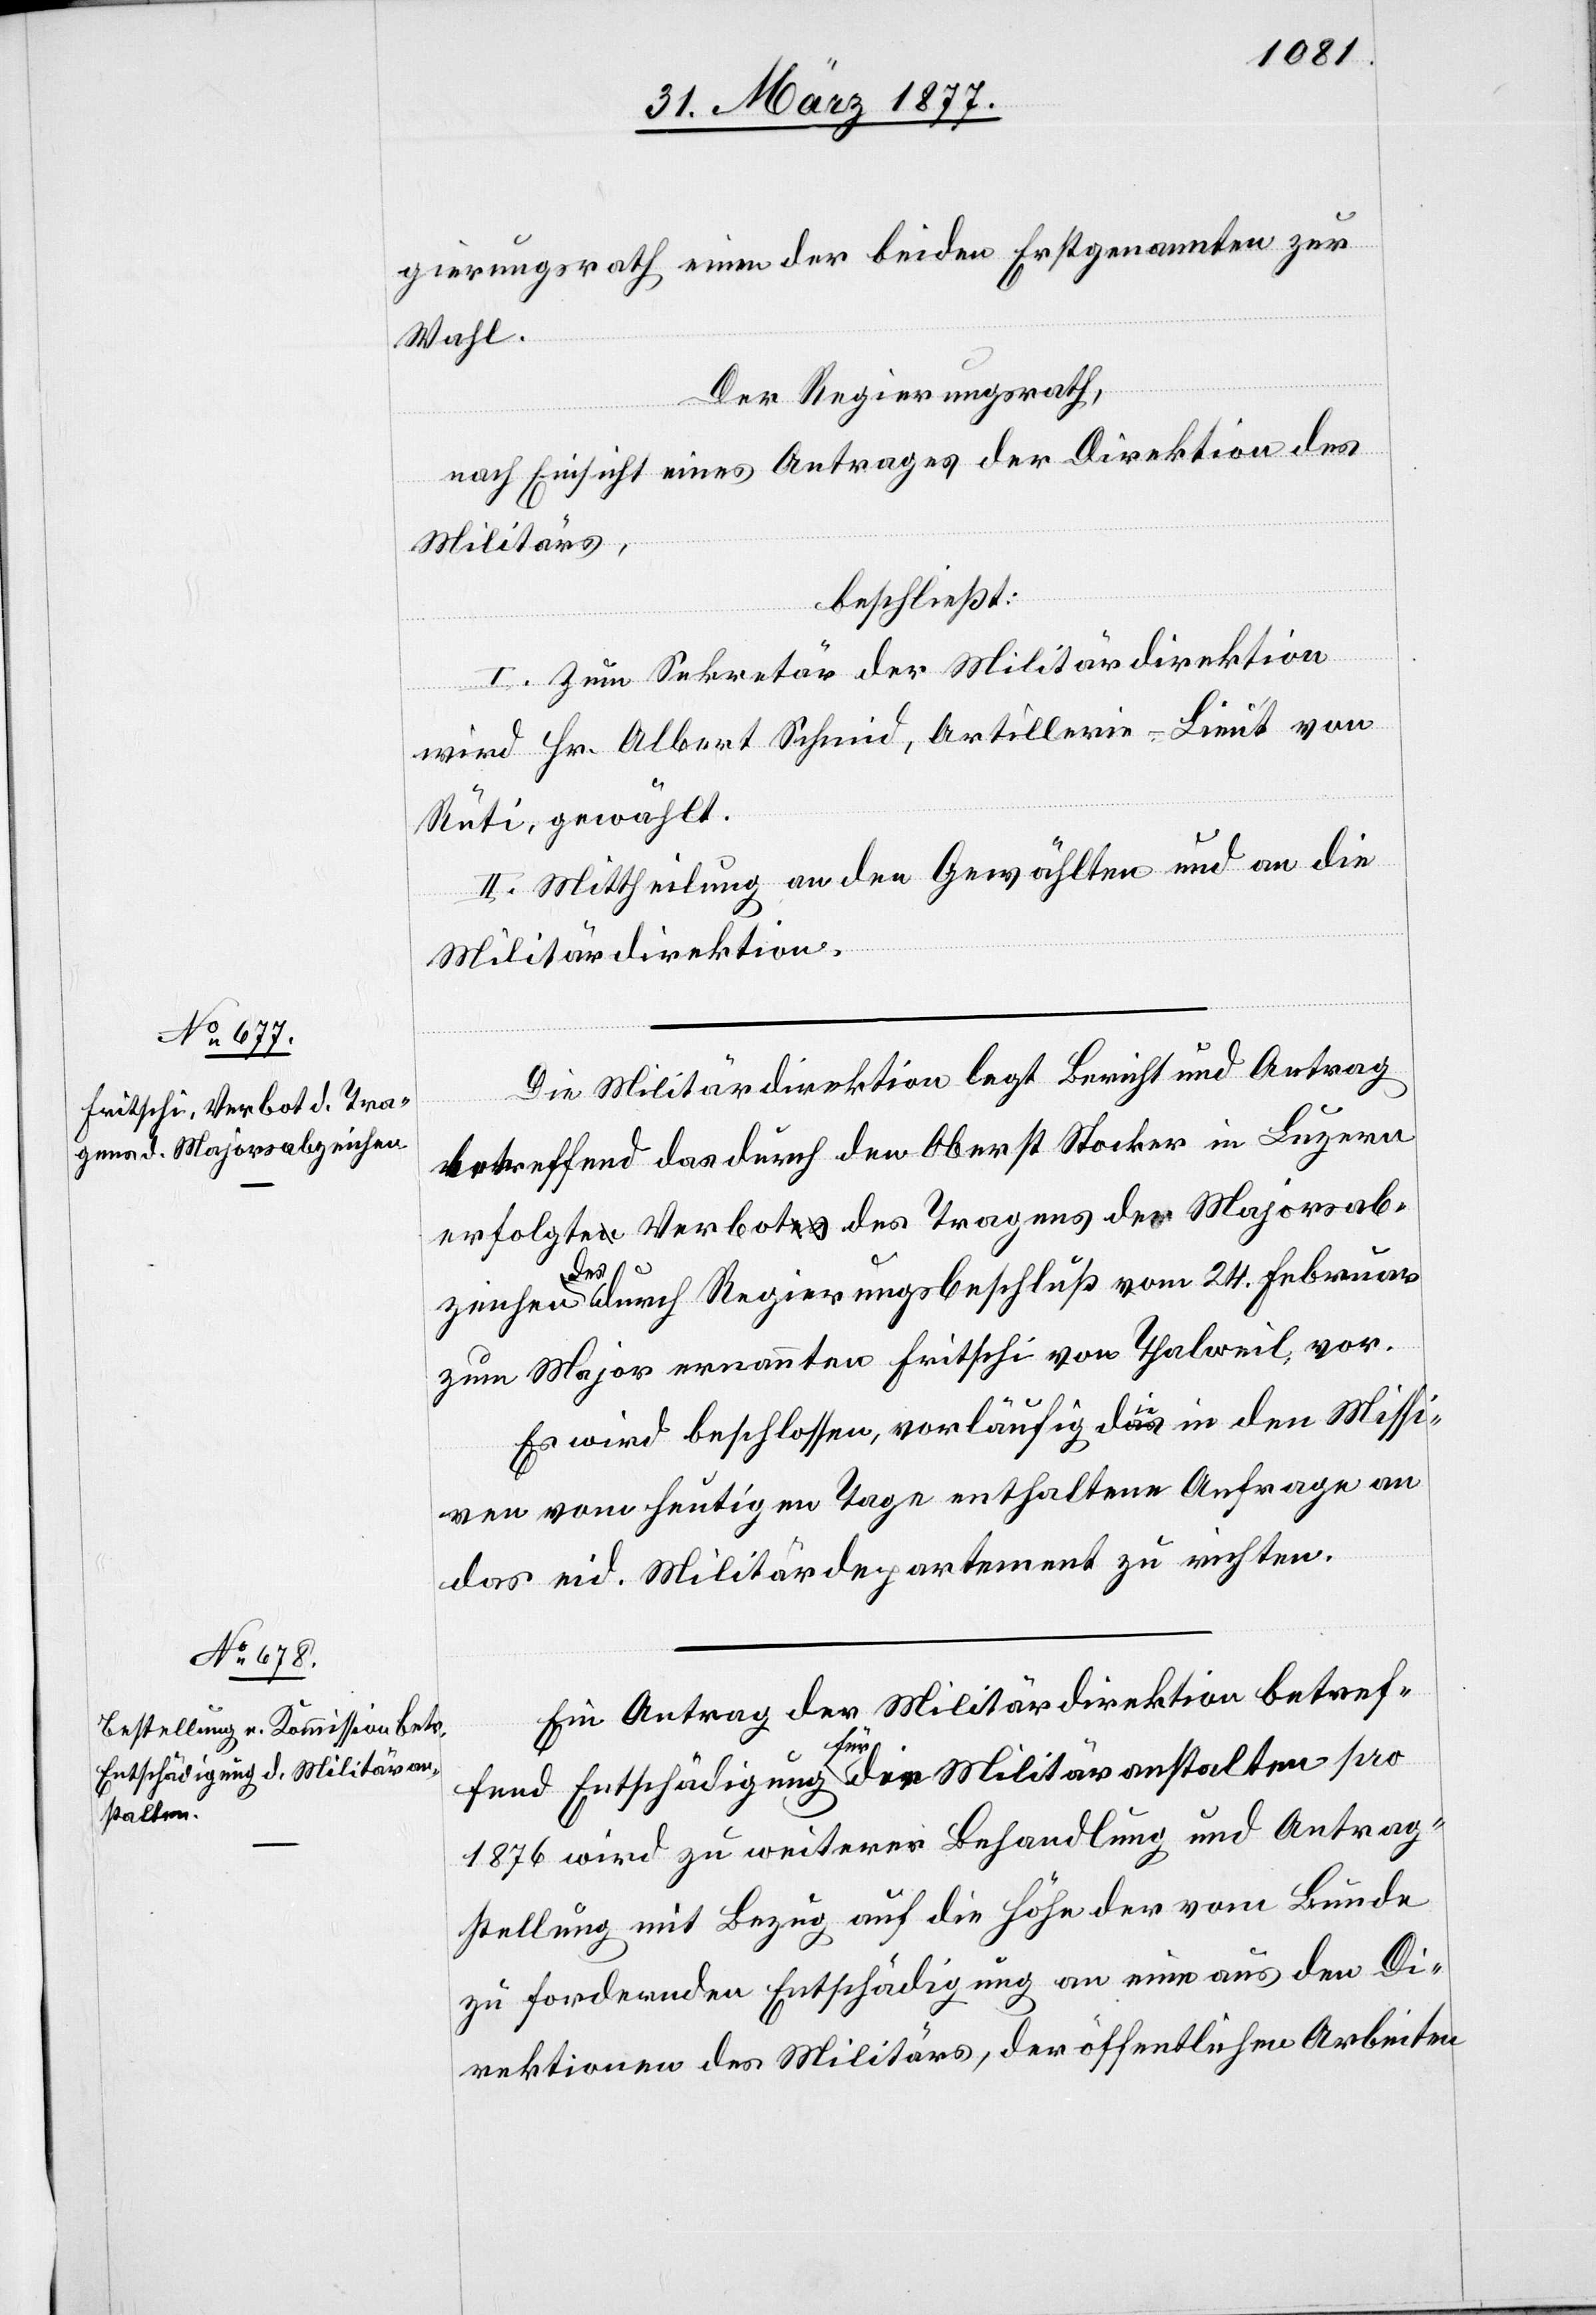
gierungsrath einen der beiden Erstgenannten zur
Wahl.
Der Regierungsrath,
nach Einsicht eines Antrages der Direktion des
Militärs,
beschließt:
I. Zum Sekretär der Militärdirektion
wird Hr. Albert Schmid, Artillerie-Lieut. von
Rüti, gewählt.
II. Mittheilung an den Gewählten und an die
Militärdirektion.
Die Militärdirektion legt Bericht und Antrag
betreffend das durch den Oberst Stocker in Luzern
erfolgte Verbot des Tragens der Majorsab¬
zeichen des durch Regierungsbeschluß vom 24. Februar
zum Major ernannten Fritschi von Thalweil, vor.
Es wird beschlossen, vorläufig die in den Missi¬
ven vom heutigen Tage enthaltene Anfrage an
das eid. Militärdepartement zu richten.
Ein Antrag der Militärdirektion betref¬
fend Entschädigung für die Militäranstalten pro
1876 wird zu weiterer Behandlung und Antrag¬
stellung mit Bezug auf die Höhe der vom Bunde
zu fordernden Entschädigung an eine aus den Di¬
rektionen des Militärs, der öffentlichen Arbeiten